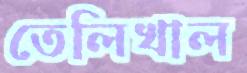
তেলিখাল